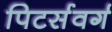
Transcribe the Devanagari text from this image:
पिटर्सवर्ग